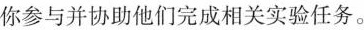
你参与并协助他们完成相关实验任务。